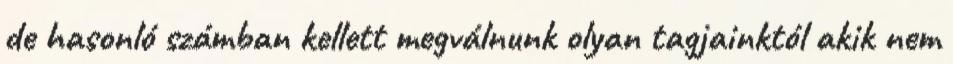
de hasonló számban kellett megválnunk olyan tagjainktól akik nem